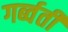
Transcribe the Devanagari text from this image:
गर्ब्वती